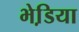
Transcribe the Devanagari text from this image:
भेडि़या